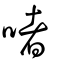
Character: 啫